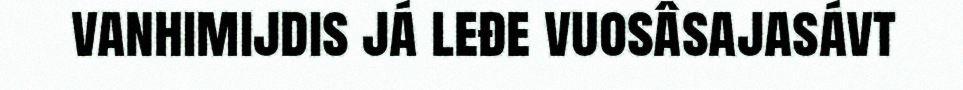
vanhimijdis já leđe vuosâsajasávt